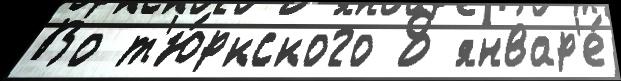
Во т'ю́ркского 8 январ'е́